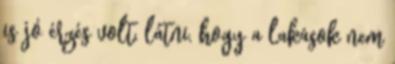
is jó érzés volt, látni, hogy a lakások nem